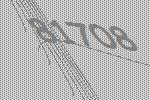
81708